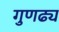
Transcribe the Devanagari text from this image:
गुणढ्य